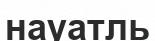
науатль